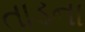
તાડના